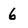
Character: 6